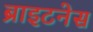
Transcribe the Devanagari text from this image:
ब्राइटनेस